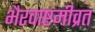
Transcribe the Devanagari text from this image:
भैरवाष्टमीव्रत